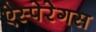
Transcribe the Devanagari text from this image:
ऐस्पेरेगस